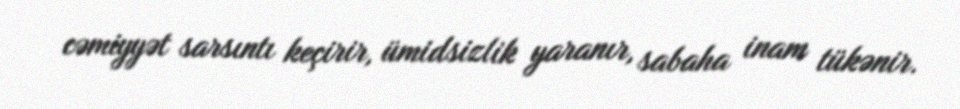
cəmiyyət sarsıntı keçirir, ümidsizlik yaranır, sabaha inam tükənir.